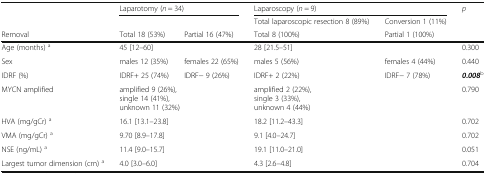
<table><thead><tr><td></td><td colspan="2"><b>Laparotomy (<i>n</i> = 34)</b></td><td colspan="2"><b>Laparoscopy (<i>n</i> = 9)</b></td><td><b><i>p</i></b></td></tr><tr><td></td><td></td><td></td><td><b>Total laparoscopic resection 8 (89%)</b></td><td><b>Conversion 1 (11%)</b></td><td></td></tr><tr><td><b>Removal</b></td><td><b>Total 18 (53%)</b></td><td><b>Partial 16 (47%)</b></td><td><b>Total 8 (100%)</b></td><td><b>Partial 1 (100%)</b></td><td></td></tr></thead><tbody><tr><td>Age (months) <sup>a</sup></td><td colspan="2">45 [12–60]</td><td colspan="2">28 [21.5–51]</td><td>0.300</td></tr><tr><td>Sex</td><td>males 12 (35%)</td><td>females 22 (65%)</td><td>males 5 (56%)</td><td>females 4 (44%)</td><td>0.440</td></tr><tr><td>IDRF (%)</td><td>IDRF+ 25 (74%)</td><td>IDRF− 9 (26%)</td><td>IDRF+ 2 (22%)</td><td>IDRF− 7 (78%)</td><td><b><i>0.008</i></b><sup>b</sup></td></tr><tr><td>MYCN amplified</td><td colspan="2">amplified 9 (26%), single 14 (41%), unknown 11 (32%)</td><td colspan="2">amplified 2 (22%), single 3 (33%), unknown 4 (44%)</td><td>0.790</td></tr><tr><td>HVA (mg/gCr) <sup>a</sup></td><td colspan="2">16.1 [13.1–23.8]</td><td colspan="2">18.2 [11.2–43.3]</td><td>0.702</td></tr><tr><td>VMA (mg/gCr) <sup>a</sup></td><td colspan="2">9.70 [8.9–17.8]</td><td colspan="2">9.1 [4.0–24.7]</td><td>0.702</td></tr><tr><td>NSE (ng/mL) <sup>a</sup></td><td colspan="2">11.4 [9.0–15.7]</td><td colspan="2">19.1 [11.0–21.0]</td><td>0.051</td></tr><tr><td>Largest tumor dimension (cm) <sup>a</sup></td><td colspan="2">4.0 [3.0–6.0]</td><td colspan="2">4.3 [2.6–4.8]</td><td>0.704</td></tr></tbody></table>